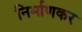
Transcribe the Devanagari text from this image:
निर्माणकर